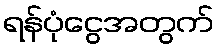
ရန်ပုံငွေအတွက်